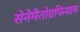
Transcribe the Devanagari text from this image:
सेनेमैतोग्रफियास